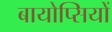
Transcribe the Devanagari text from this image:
बायोप्‍िसयों